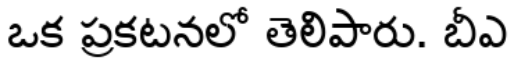
ఒక ప్రకటనలో తెలిపారు. బీఎ